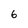
Character: 6